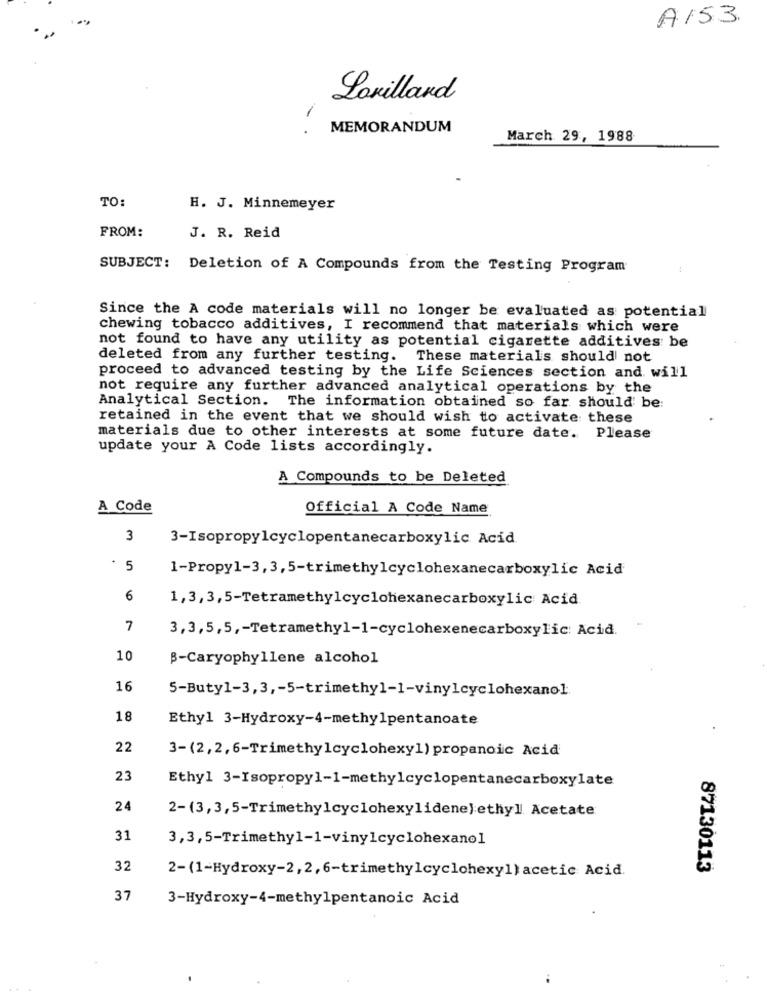
A153.
Lorillard
.
MEMORANDUM
March 29, 1988
TO:
H. J. Minnemeyer
FROM:
J. R. Reid
SUBJECT: Deletion of A Compounds from the Testing Program
Since the A code materials will no longer be evaluated as potential
chewing tobacco additives, I recommend that materials which were
not found to have any utility as potential cigarette additives be
deleted from any further testing. These materials should not
proceed to advanced testing by the Life Sciences section and will
not require any further advanced analytical operations by the
Analytical Section. The information obtained so far should be:
retained in the event that we should wish to activate these
materials due to other interests at some future date. Please
update your A Code lists accordingly.
A Compounds to be Deleted
A Code
Official A Code Name
3
3-Isopropylcyclopentanecarboxylic Acid
. 5
1-Propy1-3, 3,5-trimethylcyclohexanecarboxylic Acid
6
1,3,3,5-Tetramethylcyclohexanecarboxylic Acid
7
3,3,5,5 ,- Tetramethyl-1-cyclohexenecarboxylic Acid.
10
B-Caryophyllene alcohol
16
5-Buty1-3,3 ,- 5-trimethyl-1-vinylcyclohexano1.
18
Ethyl 3-Hydroxy-4-methylpentanoate
22
3-(2,2,6-Trimethylcyclohexy1) propanoic Acid
23
Ethyl 3-Isopropyl-1-methylcyclopentanecarboxylate
24
2-(3,3,5-Trimethylcyclohexylidene) ethyl Acetate
31
3,3,5-Trimethyl-1-vinylcyclohexanol
32
2-(1-Hydroxy-2,2,6-trimethylcyclohexyl) acetic Acid.
87130113
37
3-Hydroxy-4-methylpentanoic Acid